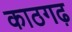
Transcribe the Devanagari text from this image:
काठगढ़